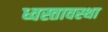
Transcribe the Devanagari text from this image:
ध्वस्तावस्था